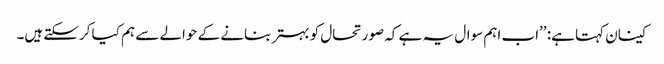
کینان کہتا ہے: ’’اب اہم سوال یہ ہے کہ صورتحال کو بہتر بنانے کے حوالے سے ہم کیا کرسکتے ہیں۔